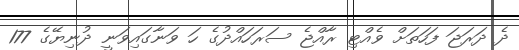
ދެ ދަރަޖަ ފަހަތަށް ވެއްޓި ރާއްޖެ ސަރަހައްދުގެ ހަ ވަނާގައިވަނީ ދުނިޔޭގެ 177